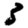
Digit: 3